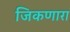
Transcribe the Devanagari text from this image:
जिकणारा